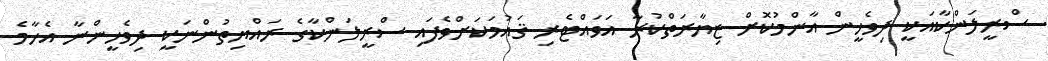
ސްރީލަންކާއަކީ ދިވެހީން އާންމުކޮށް ޒިޔާރަތްކުރާ އަވައްޓެރި ޤައުމަކަށްވެފައި ސްރީލަންކާގެ ރައްޔިތުންނަކީ ދިވެހީންނާ އެހާމެ